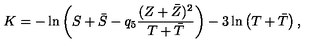
K = - \ln \left( S + \bar { S } - q _ { 5 } \frac { ( Z + \bar { Z } ) ^ { 2 } } { T + \bar { T } } \right) - 3 \ln \left( T + \bar { T } \right) ,